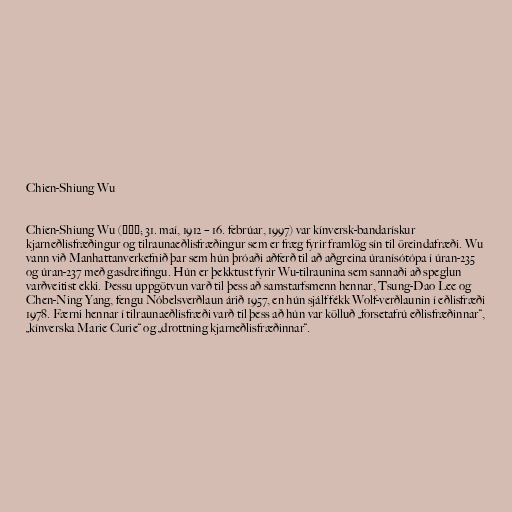
Chien-Shiung Wu

Chien-Shiung Wu (吳健雄; 31. maí, 1912 – 16. febrúar, 1997) var kínversk-bandarískur
kjarneðlisfræðingur og tilraunaeðlisfræðingur sem er fræg fyrir framlög sín til öreindafræði. Wu
vann við Manhattanverkefnið þar sem hún þróaði aðferð til að aðgreina úranísótópa í úran-235
og úran-237 með gasdreifingu. Hún er þekktust fyrir Wu-tilraunina sem sannaði að speglun
varðveitist ekki. Þessu uppgötvun varð til þess að samstarfsmenn hennar, Tsung-Dao Lee og
Chen-Ning Yang, fengu Nóbelsverðlaun árið 1957, en hún sjálf fékk Wolf-verðlaunin í eðlisfræði
1978. Færni hennar í tilraunaeðlisfræði varð til þess að hún var kölluð „forsetafrú eðlisfræðinnar“,
„kínverska Marie Curie“ og „drottning kjarneðlisfræðinnar“.